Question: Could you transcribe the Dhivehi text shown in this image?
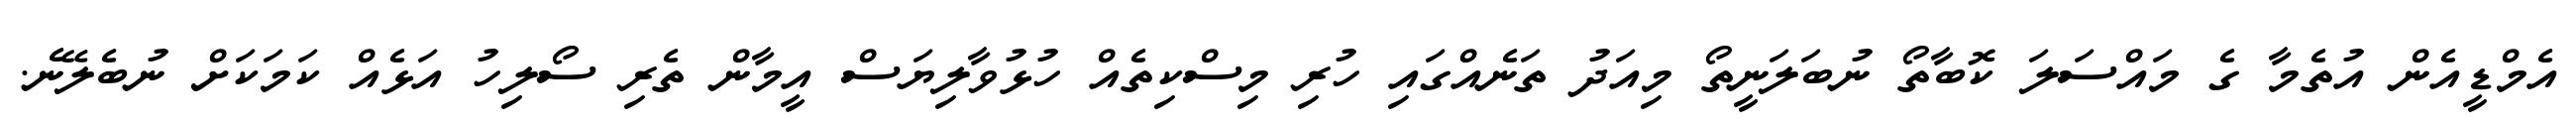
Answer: އެމްޑީއެން އުތެމާ ގެ މައްސަލަ ކޮބާތޯ ނުބަލަނީތޯ މިއަދު ތަނެއްގައި ހުރި މިސްކިތެއް ހުޅުވާލިޔަސް އީމާން ތެރި ސޯލިހު އަޅެއް ކަމަކަށް ނުބެލޭނެ.